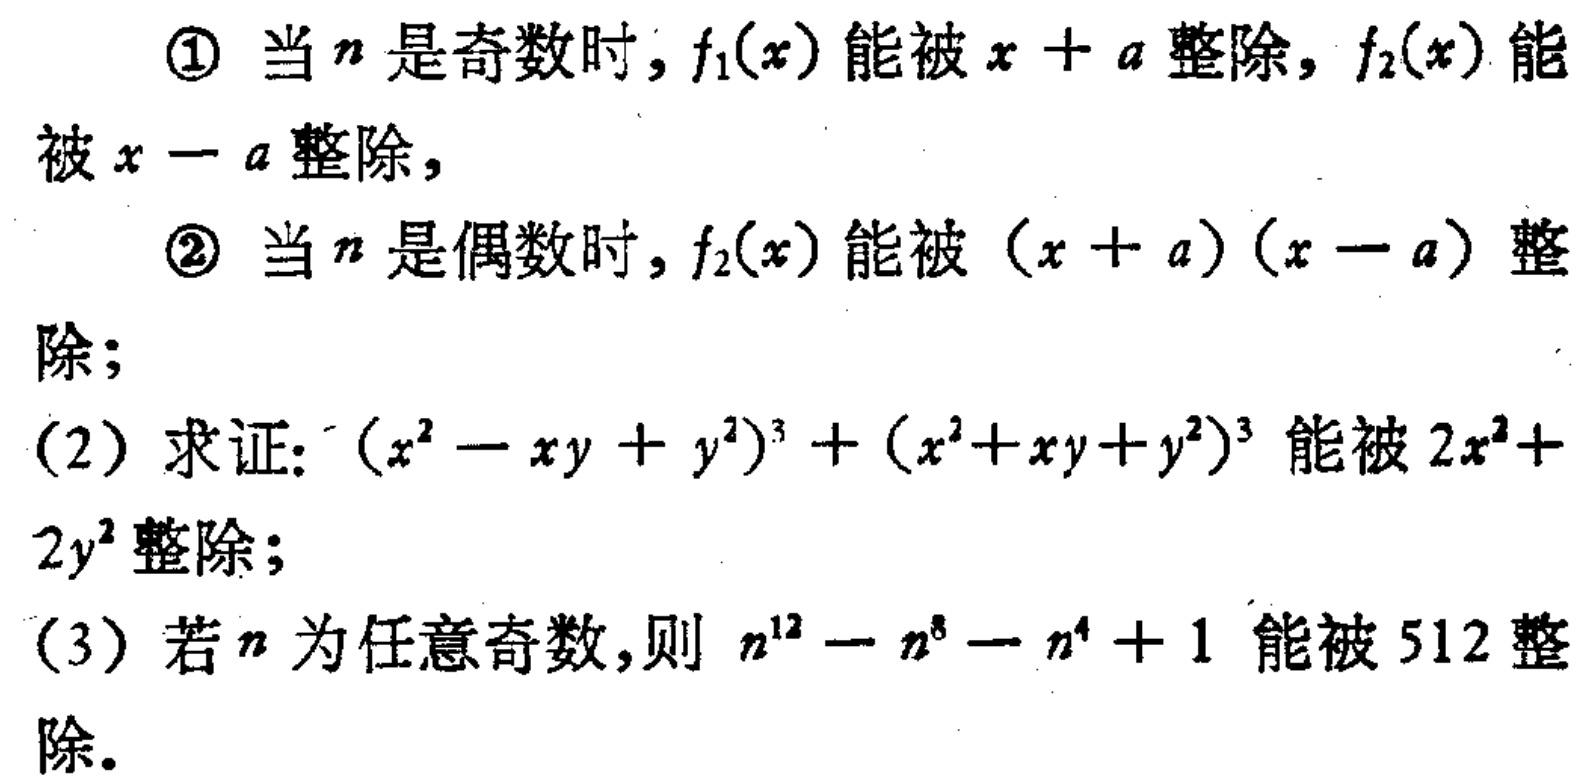
\textcircled{1} 当\(n\)是奇数时，\(f_1(x)\)能被\(x + a\)整除，\(f_2(x)\)能被\(x - a\)整除，

\textcircled{2} 当\(n\)是偶数时，\(f_2(x)\)能被\((x + a)(x - a)\)整除；

(2) 求证：\((x^{2}-xy + y^{2})^{3}+(x^{2}+xy + y^{2})^{3}\)能被\(2x^{2}+2y^{2}\)整除；

(3) 若\(n\)为任意奇数，则\(n^{12}-n^{8}-n^{4}+1\)能被\(512\)整除。